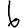
Digit: 6